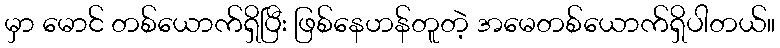
မှာ မောင် တစ်ယောက်ရှိပြီး ဖြစ်နေဟန်တူတဲ့ အမေတစ်ယောက်ရှိပါတယ်။